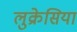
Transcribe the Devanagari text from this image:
लुक्रेसिया